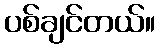
ပစ်ချင်တယ်။